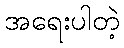
အရေးပါတဲ့